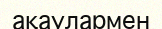
ақаулармен